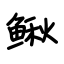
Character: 鳅